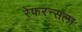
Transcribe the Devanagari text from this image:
रेफरन्सला